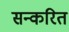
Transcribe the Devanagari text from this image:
सन्करित